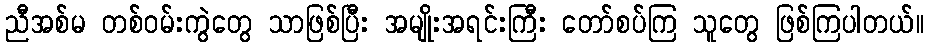
ညီအစ်မ တစ်ဝမ်းကွဲတွေ သာဖြစ်ပြီး အမျိုးအရင်းကြီး တော်စပ်ကြ သူတွေ ဖြစ်ကြပါတယ်။